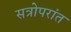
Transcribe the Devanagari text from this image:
सत्रोपरांत